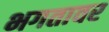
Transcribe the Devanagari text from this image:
भगतावर